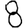
Digit: 8